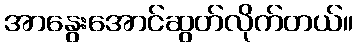
အာနွေးအောင်ဆွတ်လိုက်တယ်။